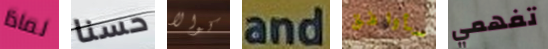
لماذا حسنا كوالا and سأوافق تفهمي